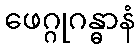
ဖေဂ္ဂုဂန္ဓာနံ